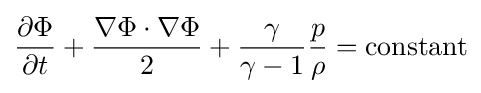
{\frac {\partial \Phi }{\partial t}}+{\frac {\nabla \Phi \cdot \nabla \Phi }{2}}+{\frac {\gamma }{\gamma -1}}{\frac {p}{\rho }}={\text{constant}}